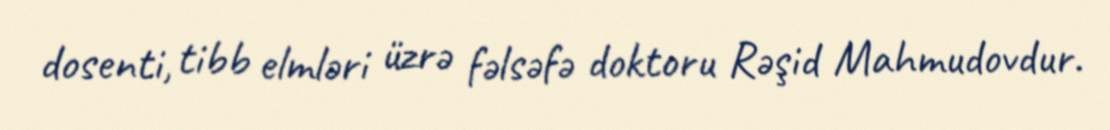
dosenti, tibb elmləri üzrə fəlsəfə doktoru Rəşid Mahmudovdur.